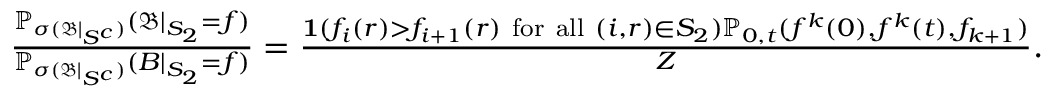
\begin{array} { r } { \frac { \mathbb { P } _ { \sigma ( \mathfrak { B } | _ { S ^ { c } } ) } ( \mathfrak { B } | _ { S _ { 2 } } = f ) } { \mathbb { P } _ { \sigma ( \mathfrak { B } | _ { S ^ { c } } ) } ( B | _ { S _ { 2 } } = f ) } = \frac { \mathbf { 1 } ( f _ { i } ( r ) > f _ { i + 1 } ( r ) \mathrm { ~ f o r ~ a l l ~ } ( i , r ) \in S _ { 2 } ) \mathbb { P } _ { 0 , t } ( f ^ { k } ( 0 ) , f ^ { k } ( t ) , f _ { k + 1 } ) } { Z } . } \end{array}